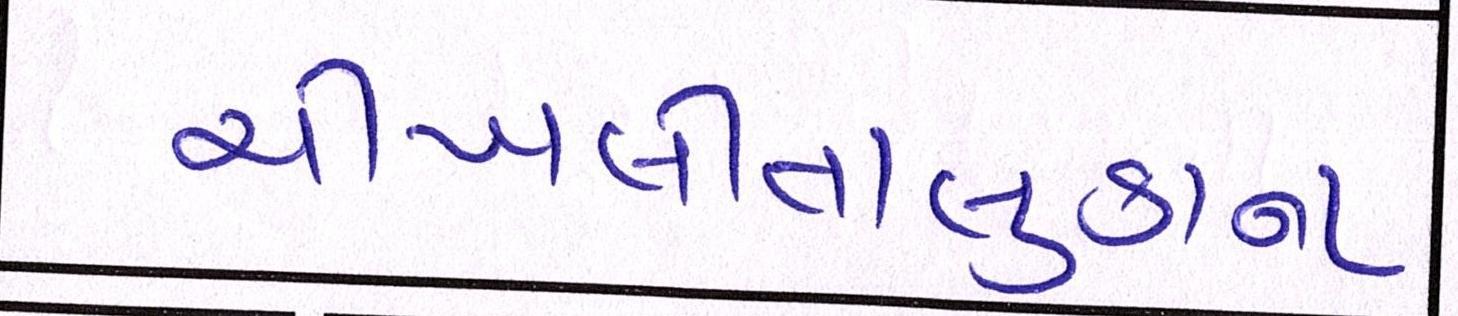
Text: ચીખલીતાલુકાના